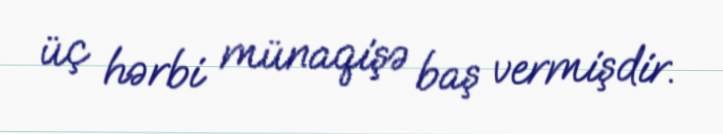
üç hərbi münaqişə baş vermişdir.